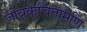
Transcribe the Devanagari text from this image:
जीवकचिंतामणि